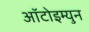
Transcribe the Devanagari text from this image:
आॅटोइम्युन